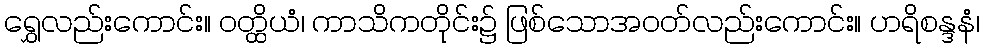
ရွှေလည်းကောင်း။ ဝတ္ထိယံ၊ ကာသိကတိုင်း၌ ဖြစ်သောအဝတ်လည်းကောင်း။ ဟရိစန္ဒနံ၊